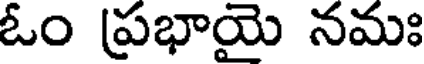
ఓం ప్రభాయై నమః